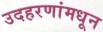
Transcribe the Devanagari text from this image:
उदहरणांमधून